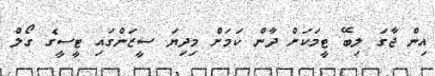
އިން ޖާގަ ލިބޭ ޓީމަކަށް ދާން ކަމަށް މިދިޔަ ސީޒަންގައި ޓީސީގެ ގޯލް